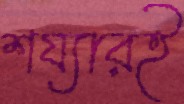
শয্যারই